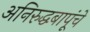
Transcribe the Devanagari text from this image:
अनिरुद्धबापूंचे